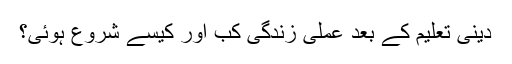
دینی تعلیم کے بعد عملی زندگی کب اور کیسے شروع ہوئیَ؟